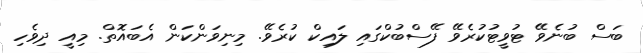
ބަސް ބުނެވޭ ޓުވީޓުކުރެވޭ ފޭސްބުކްގައި ލައިކް ކުރެވޭ. މިނިވަންކަން އެބައޮތް. މިއީ ދިވެހި